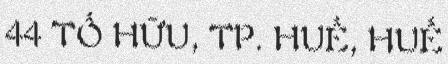
44 TỐ HỮU, TP. HUẾ, HUẾ